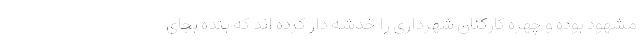
مشهود بوده و چهره کارکنان شهرداری را خدشه دار کرده اند که بنده بجای